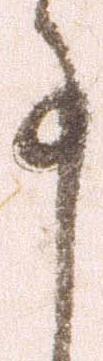
事